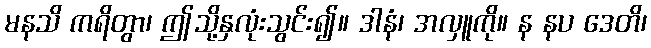
မနသိ ကရိတွာ၊ ဤသို့နှလုံးသွင်း၍။ ဒါနံ၊ အလှူကို။ န နပ ဒေတိ၊